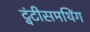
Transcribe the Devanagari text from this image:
ट्वंटीसमथिंग